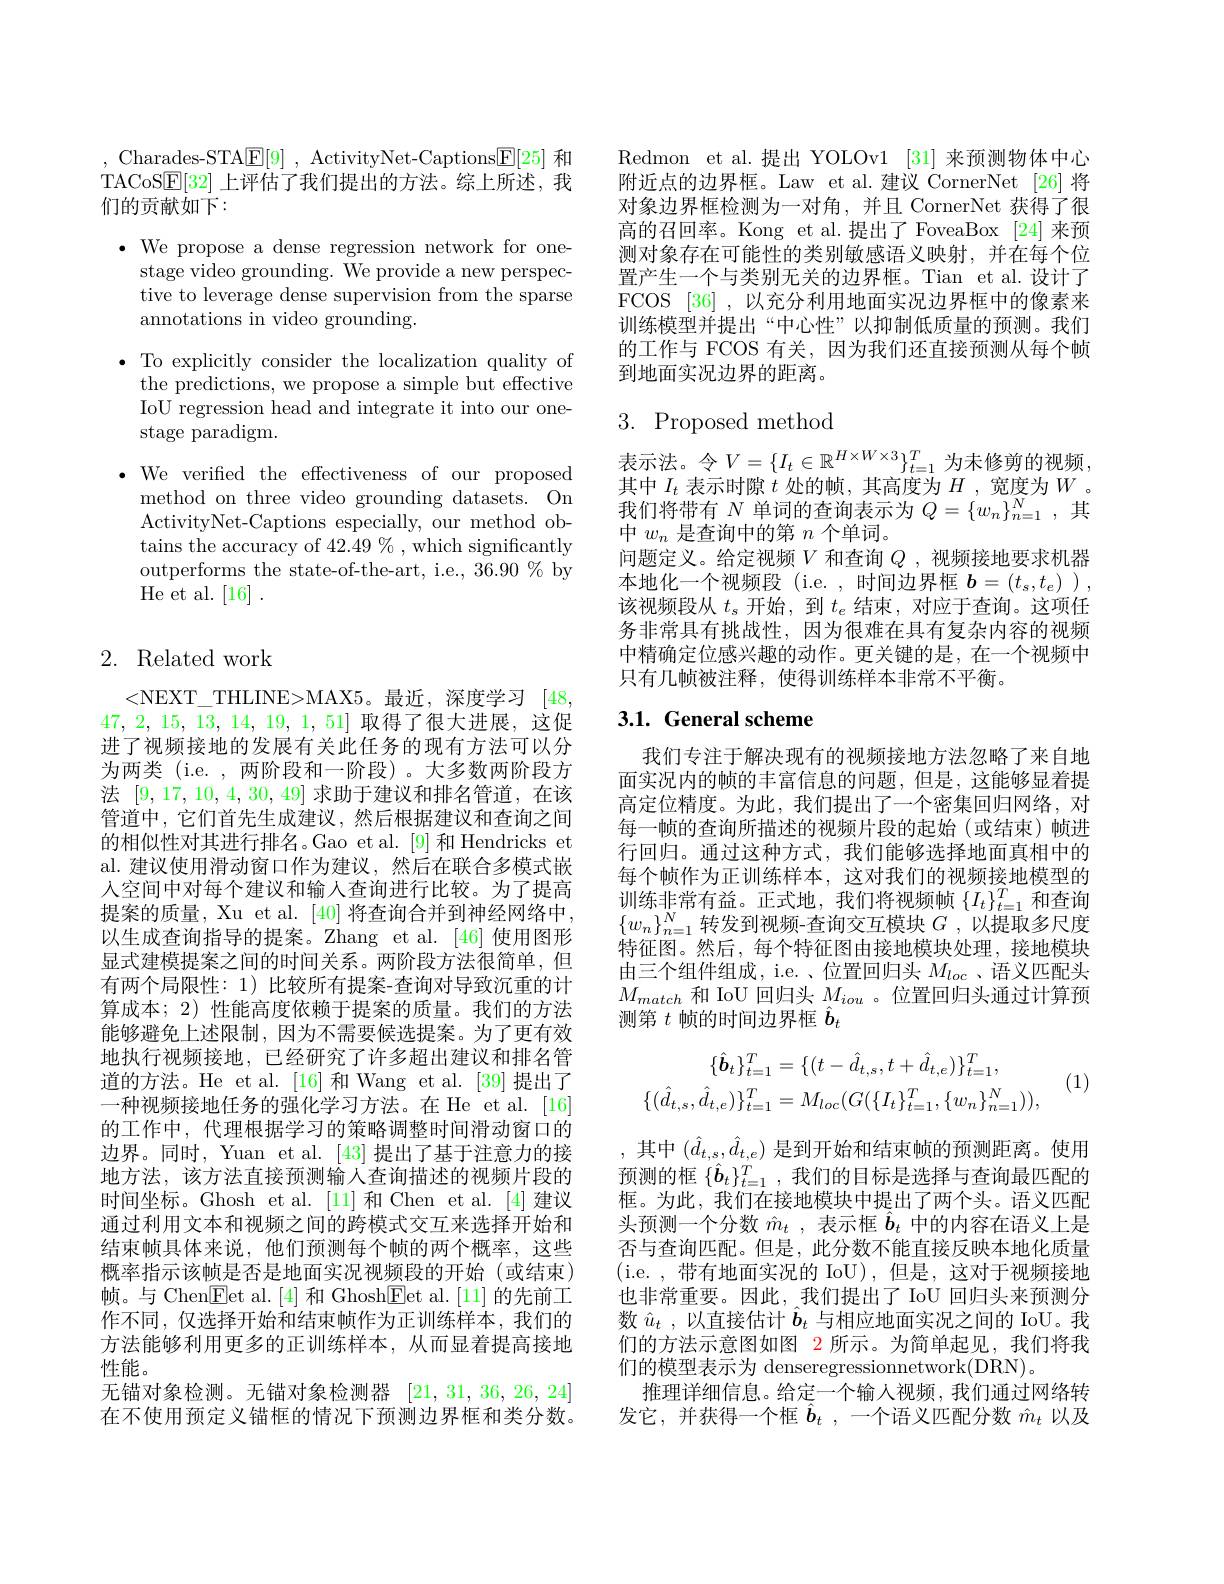
, Charades-STA$\boxed{\mathrm{F} }[ 9]$ , ActivityNet-Captions$\boxed{\mathrm{F}}[25]$和TACoS$\underline{\mathrm{E}}[32]$上评估了我们提出的方法。综上所述，我们的贡献如下：

$\bullet$ We propose a dense regression network for one-
stage video grounding. We provide a new perspective to leverage dense supervision from the sparse annotations in video grounding.

$\bullet$ To explicitly consider the localization quality of
the predictions, we propose a simple but effective IoU regression head and integrate it into our onestage paradigm.

$\bullet$ We verified the effectiveness of our proposed
method on three video grounding datasets. On ActivityNet-Captions especially, our method obtains the accuracy of 42.49% , which significantly outperforms the state-of-the-art, i.e., 36.90 % by He et al. [16].

# 2. Related work

<NEXT\_THLINE>MAX5。最近，深度学习 [48, 47, 2, 15, 13, 14, 19, 1, 51]取得了很大进展，这促进了视频接地的发展有关此任务的现有方法可以分为两类 (i.e. , 两阶段和一阶段)。大多数两阶段方法[9,17,10,4,30,49]求助于建议和排名管道，在该管道中，它们首先生成建议，然后根据建议和查询之间的相似性对其进行排名。Gao et al.[9] 和 Hendricks et al. 建议使用滑动窗口作为建议，然后在联合多模式嵌人空间中对每个建议和输入查询进行比较。为了提高提案的质量，Xu et al. [40] 将查询合并到神经网络中， 以生成查询指导的提案。Zhang et al.[46]使用图形显式建模提案之间的时间关系。两阶段方法很简单，但有两个局限性：1) 比较所有提案-查询对导致沉重的计算成本；2) 性能高度依赖于提案的质量。我们的方法能够避免上述限制，因为不需要候选提案。为了更有效地执行视频接地，已经研究了许多超出建议和排名管道的方法。He et al.[16]和 Wang et al.[39]提出了一种视频接地任务的强化学习方法。在 He et al. [16] 的工作中，代理根据学习的策略调整时间滑动窗口的边界。同时，Yuan et al. [43] 提出了基于注意力的接地方法，该方法直接预测输入查询描述的视频片段的时间坐标。Ghosh et al.[11]和 Chen et al.[4]建议通过利用文本和视频之间的跨模式交互来选择开始和结束帧具体来说，他们预测每个帧的两个概率，这些概率指示该帧是否是地面实况视频段的开始(或结束) 帧。与 Chen$\boxed{\mathrm{Fet~al.~[4]~}}$和 Ghosh$\boxed{\mathrm{Fet~al.~[11]~}}$的先前工作不同，仅选择开始和结束帧作为正训练样本，我们的方法能够利用更多的正训练样本，从而显着提高接地性能。
无锚对象检测。无锚对象检测器[21,31,36,26,24] 在不使用预定义锚框的情况下预测边界框和类分数。

Redmon et al.提出 YOLOv1 [31] 来预测物体中心附近点的边界框。Law et al.建议 CornerNet [26]将对象边界框检测为一对角，并且 CornerNet 获得了很高的召回率。Kong et al.提出了 FoveaBox [24]来预测对象存在可能性的类别敏感语义映射，并在每个位置产生一个与类别无关的边界框。Tian et al.设计了FCOS [36] ,以充分利用地面实况边界框中的像素来训练模型并提出“中心性”以抑制低质量的预测。我们的工作与 FCOS 有关，因为我们还直接预测从每个帧到地面实况边界的距离。

# 3. Proposed method

表示法。令$V=\{I_t\in\mathbb{R}^{H\times W\times3}\}_{t=1}^T$为未修剪的视频， 其中$I_t$表示时隙$t$处的帧，其高度为$H$ ,宽度为$W$ 。我们将带有$N$单词的查询表示为$Q=\{w_n\}_n=1^N$,其中$w_n$是查询中的第$n$个单词。
问题定义。给定视频$V$和查询$Q$ ,视频接地要求机器本地化一个视频段(i.e.,时间边界框$b=(t_s,t_e)$ ), 该视频段从$t_s$开始，到$t_e$结束，对应于查询。这项任务非常具有挑战性，因为很难在具有复杂内容的视频中精确定位感兴趣的动作。更关键的是，在一个视频中只有几帧被注释，使得训练样本非常不平衡。

# 3.1. General scheme

我们专注于解决现有的视频接地方法忽略了来自地面实况内的帧的丰富信息的问题，但是，这能够显着提高定位精度。为此，我们提出了一个密集回归网络，对每一帧的查询所描述的视频片段的起始(或结束)帧进行回归。通过这种方式，我们能够选择地面真相中的每个帧作为正训练样本，这对我们的视频接地模型的训练非常有益。正式地，我们将视频帧$\{I_t\}_{t=1}^T$和查询$\{w_n\}_{n=1}^N$转发到视频-查询交互模块$G$ ,以提取多尺度特征图。然后，每个特征图由接地模块处理，接地模块由三个组件组成，i.e. 、位置回归头$M_loc$ 、语义匹配头$M_{match}$和 IoU 回归头$M_iou$ 。位置回归头通过计算预测第$t$帧的时间边界框$\hat{\boldsymbol{b}}_t$
$$\{\hat{\boldsymbol{b}}_{t}\}_{t=1}^{T}=\{(t-\hat{d}_{t,s},t+\hat{d}_{t,e})\}_{t=1}^{T},\\\{(\hat{d}_{t,s},\hat{d}_{t,e})\}_{t=1}^{T}=M_{loc}(G(\{I_{t}\}_{t=1}^{T},\{w_{n}\}_{n=1}^{N})),$$
(1)

,其中$(\hat{d}_{t,s},\hat{d}_{t,e})$是到开始和结束帧的预测距离。使用预测的框$\{\hat{\boldsymbol{b}}_t\}_{t=1}^T$,我们的目标是选择与查询最匹配的框。为此，我们在接地模块中提出了两个头。语义匹配头预测一个分数$\hat{m}_t$,表示框$\hat{b}_t$中的内容在语义上是否与查询匹配。但是，此分数不能直接反映本地化质量( i. e. , 带 有 地 面 实 况 的 IoU) , 但 是 , 这 对 于 视 频 接 地 也非常重要。因此，我们提出了 IoU 回归头来预测分数$\hat{u} _t$ ,以直接估计$\hat{b}_t$与相应地面实况之间的 IoU。我们的方法示意图如图 2 所示。为简单起见，我们将我们的模型表示为 denseregressionnetwork(DRN)。
推理详细信息。给定一个输入视频，我们通过网络转发它，并获得一个框$\hat{\boldsymbol{b}} _t$ , 一个语义匹配分数$\hat{m}_t$以及